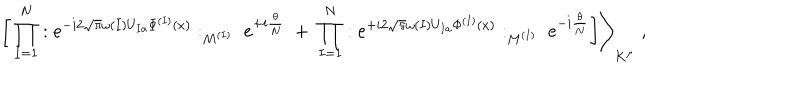
\bigg [ \prod _ { I = 1 } ^ { N } : e ^ { - i 2 \sqrt { \pi } \omega { ( I ) } U _ { I a } \Phi ^ { ( I ) } ( x ) } : _ { M ^ { ( I ) } } \; e ^ { + i \frac { \theta } { N } } \; + \; \prod _ { I = 1 } ^ { N } : e ^ { + i 2 \sqrt { \pi } \omega { ( I ) } U _ { I a } \Phi ^ { ( I ) } ( x ) } : _ { M ^ { ( I ) } } \; e ^ { - i \frac { \theta } { N } } \bigg ] \Bigg \rangle _ { K ^ { \mu } } \; ,